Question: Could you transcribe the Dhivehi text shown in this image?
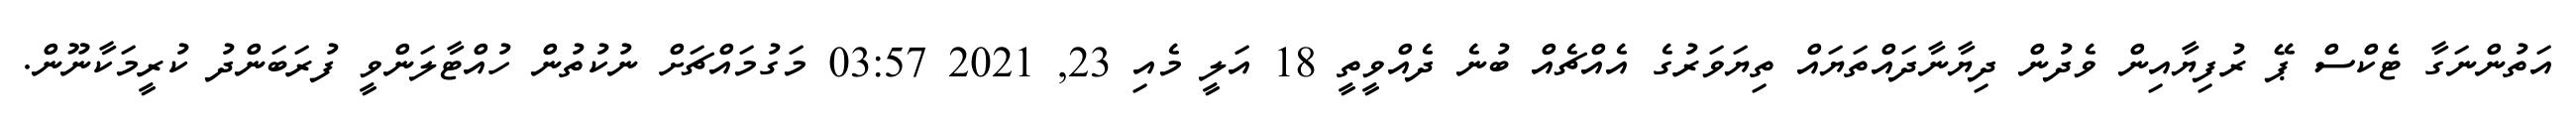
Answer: އަތުންނަގާ ޓެކްސް ޕޭ ރުފިޔާއިން ވެދުން ދިޔާނާދައްތަޔައް ތިޔަވަރުގެ އެއްޗެއް ބުނެ ދެއްވީތީ 18 އަލީ މެއި 23, 2021 03:57 މަގުމައްޗަށް ނުކުތުން ހުއްޓާލަންވީ ފުރަބަންދު ކުރީމަކާނޫން.